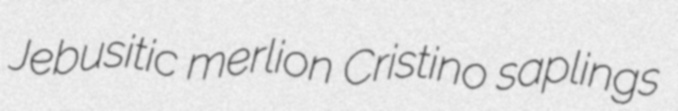
Jebusitic merlion Cristino saplings